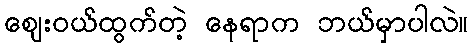
ဈေးဝယ်ထွက်တဲ့ နေရာက ဘယ်မှာပါလဲ။